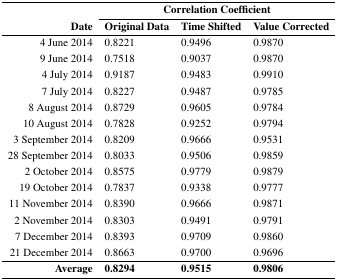
<table><thead><tr><td></td><td colspan="3"><b>Correlation Coefficient</b></td></tr><tr><td><b>Date</b></td><td><b>Original Data</b></td><td><b>Time Shifted</b></td><td><b>Value Corrected</b></td></tr></thead><tbody><tr><td>4 June 2014</td><td>0.8221</td><td>0.9496</td><td>0.9870</td></tr><tr><td>9 June 2014</td><td>0.7518</td><td>0.9037</td><td>0.9870</td></tr><tr><td>4 July 2014</td><td>0.9187</td><td>0.9483</td><td>0.9910</td></tr><tr><td>7 July 2014</td><td>0.8227</td><td>0.9487</td><td>0.9785</td></tr><tr><td>8 August 2014</td><td>0.8729</td><td>0.9605</td><td>0.9784</td></tr><tr><td>10 August 2014</td><td>0.7828</td><td>0.9252</td><td>0.9794</td></tr><tr><td>3 September 2014</td><td>0.8209</td><td>0.9666</td><td>0.9531</td></tr><tr><td>28 September 2014</td><td>0.8033</td><td>0.9506</td><td>0.9859</td></tr><tr><td>2 October 2014</td><td>0.8575</td><td>0.9779</td><td>0.9879</td></tr><tr><td>19 October 2014</td><td>0.7837</td><td>0.9338</td><td>0.9777</td></tr><tr><td>11 November 2014</td><td>0.8390</td><td>0.9666</td><td>0.9871</td></tr><tr><td>22 November 2014</td><td>0.8303</td><td>0.9491</td><td>0.9791</td></tr><tr><td>7 December 2014</td><td>0.8393</td><td>0.9709</td><td>0.9860</td></tr><tr><td>21 December 2014</td><td>0.8663</td><td>0.9700</td><td>0.9696</td></tr><tr><td><b>Average</b></td><td><b>0.8294</b></td><td><b>0.9515</b></td><td><b>0.9806</b></td></tr></tbody></table>